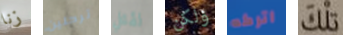
زنا ترحلين لقتل ولكن اتركه تلك